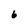
Character: 6